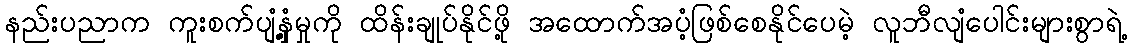
နည်းပညာက ကူးစက်ပျံ့နှံ့မှုကို ထိန်းချုပ်နိုင်ဖို့ အထောက်အပံ့ဖြစ်စေနိုင်ပေမဲ့ လူဘီလျံပေါင်းများစွာရဲ့